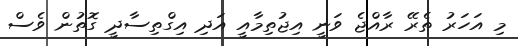
މި އަހަރު ތެރޭ ރާއްޖެ ވަނީ އިޖުތިމާއީ އަދި އިގްތިސާދީ ގޮތުން ވެސް